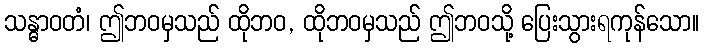
သန္ဓာဝတံ၊ ဤဘဝမှသည် ထိုဘဝ, ထိုဘဝမှသည် ဤဘဝသို့ ပြေးသွားရကုန်သော။